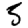
Digit: 5